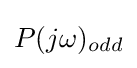
P(j\omega )_{odd}